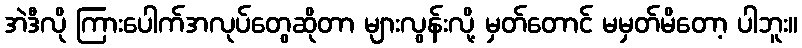
အဲဒီလို ကြားပေါက်အလုပ်တွေဆိုတာ များလွန်းလို့ မှတ်တောင် မမှတ်မိတော့ ပါဘူး။